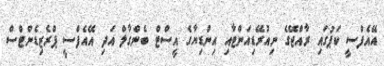
އޭއެފްސީ ކަޕުގައި ރާއްޖޭގެ ނިއުރޭޑިއަންޓާއި އިންޑިޔާގެ އީސްޓް ބެންގާލް އަދި އޭއެފްސީ ޕްރެޒިޑެންޓްސް